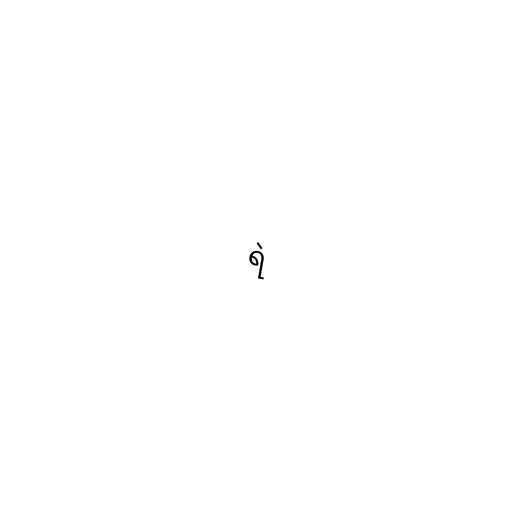
ရဲ